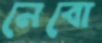
নেবো